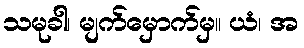
သမုခါ၊ မျက်မှောက်မှ။ ယံ၊ အ